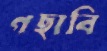
গছাবি